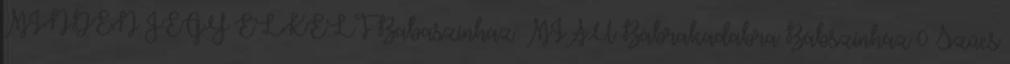
MINDEN JEGY ELKELT Babaszínház: MIAÚ Bábrakadabra Bábszínház 0 Szűcs